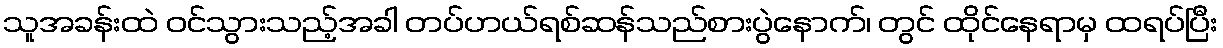
သူအခန်းထဲ ဝင်သွားသည့်အခါ တပ်ဟယ်ရစ်ဆန်သည်စားပွဲနောက်၊ တွင် ထိုင်နေရာမှ ထရပ်ပြီး